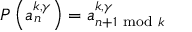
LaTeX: P \left( a _ { n } ^ { k , \gamma } \right) = a _ { n + 1 ~ \mathrm { m o d } ~ k } ^ { k , \gamma }